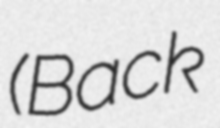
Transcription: (Back